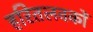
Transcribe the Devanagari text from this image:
हरितलवकों